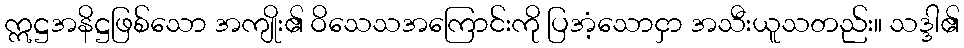
ဣဋ္ဌအနိဋ္ဌဖြစ်သော အကျိုး၏ ဝိသေသအကြောင်းကို ပြအံ့သောငှာ အသီးယူသတည်း။ သဒ္ဒါ၏